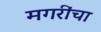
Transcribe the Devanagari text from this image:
मगरींचा